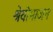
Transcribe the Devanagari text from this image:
श्रेयोभाजन